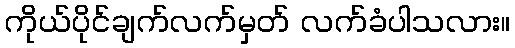
ကိုယ်ပိုင်ချက်လက်မှတ် လက်ခံပါသလား။